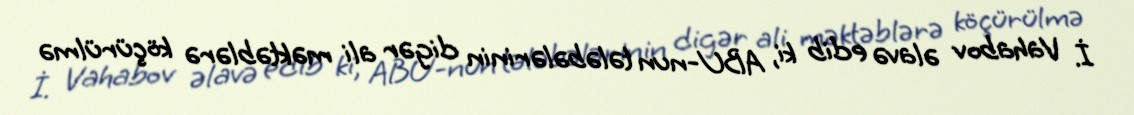
İ. Vahabov əlavə edib ki, ABU-nun tələbələrinin digər ali məktəblərə köçürülmə